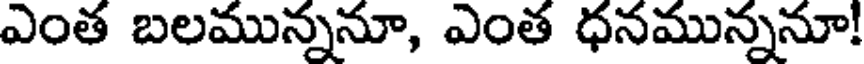
ఎంత బలమున్ననూ, ఎంత ధనమున్ననూ!